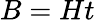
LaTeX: B=Ht